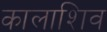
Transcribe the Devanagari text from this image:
कालाशिव